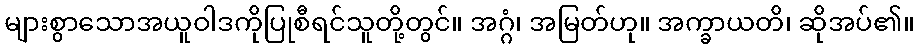
များစွာသောအယူဝါဒကိုပြုစီရင်သူတို့တွင်။ အဂ္ဂံ၊ အမြတ်ဟု။ အက္ခာယတိ၊ ဆိုအပ်၏။